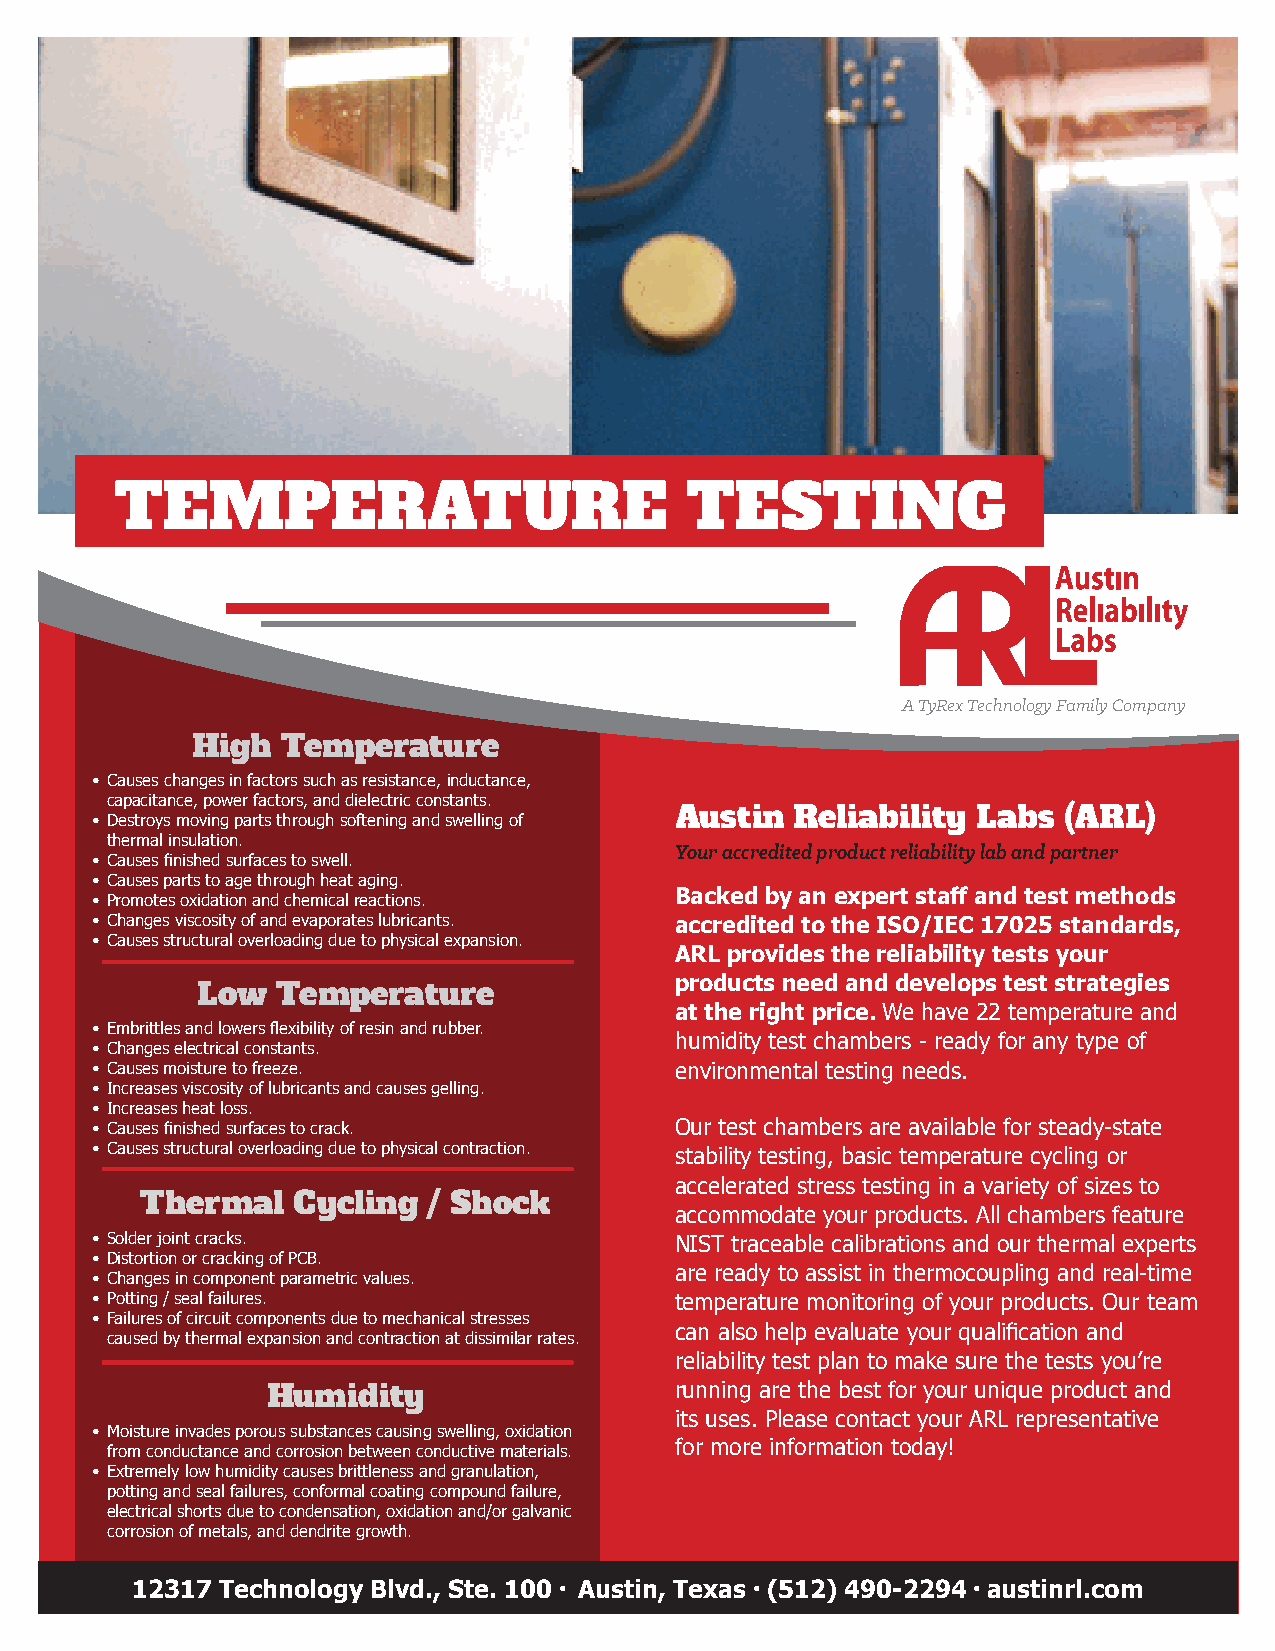
TEMPERATURE                          TESTING
 A TyRex Technology Family Company
 High  Temperature
 • Causes changes in factors such as resistance, inductance,
 capacitance, power factors, and dielectric constants.
 Austin  Reliability Labs (ARL)
 • Destroys moving parts through softening and swelling of
 thermal insulation.
 Your accredited product reliability lab and partner
 • Causes finished surfaces to swell.
 • Causes parts to age through heat aging.
 • Promotes oxidation and chemical reactions. Backed by an expert staff and test methods
 • Changes viscosity of and evaporates lubricants. accredited to the ISO/IEC 17025 standards,
 • Causes structural overloading due to physical expansion.
 ARL provides the reliability tests your
 Low  Temperature                products need and develops test strategies
 at the right price. We have 22 temperature and
 • Embrittles and lowers flexibility of resin and rubber.
 humidity test chambers - ready for any type of
 • Changes electrical constants.
 • Causes moisture to freeze.           environmental testing needs.
 • Increases viscosity of lubricants and causes gelling.
 • Increases heat loss.
 • Causes finished surfaces to crack.   Our test chambers are available for steady-state
 • Causes structural overloading due to physical contraction.
 stability testing, basic temperature cycling or
 accelerated stress testing in a variety of sizes to
 Thermal   C ycling / Shock
 accommodate your products. All chambers feature
 • Solder joint cracks.                 NIST traceable calibrations and our thermal experts
 • Distortion or cracking of PCB.
 • Changes in component parametric values. are ready to assist in thermocoupling and real-time
 • Potting / seal failures.             temperature monitoring of your products. Our team
 • Failures of circuit components due to mechanical stresses
 can also help evaluate your qualification and
 caused by thermal expansion and contraction at dissimilar rates.
 reliability test plan to make sure the tests you’re
 Humidity                   running are the best for your unique product and
 its uses. Please contact your ARL representative
 • Moisture invades porous substances causing swelling, oxidation
 from conductance and corrosion between conductive materials. for more information today!
 • Extremely low humidity causes brittleness and granulation,
 potting and seal failures, conformal coating compound failure,
 electrical shorts due to condensation, oxidation and/or galvanic
 corrosion of metals, and dendrite growth.
 12317 Technology Blvd., Ste. 100 l Austin, Texas l (512) 490-2294 l austinrl.com